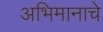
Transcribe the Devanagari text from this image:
अभिमानाचे